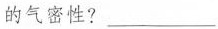
的气密性?___